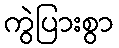
ကွဲပြားစွာ